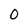
Character: 0